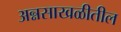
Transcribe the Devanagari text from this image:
अन्नसाखळीतील